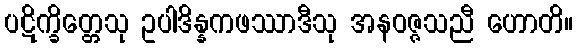
ပဋိက္ခိတ္တေသု ဥပါဒိန္နကဖဿာဒီသု အနဝဇ္ဇသညီ ဟောတိ။